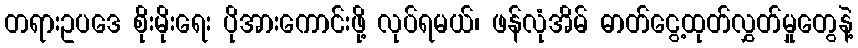
တရားဥပဒေ စိုးမိုးရေး ပိုအားကောင်းဖို့ လုပ်ရမယ်၊ ဖန်လုံအိမ် ဓာတ်ငွေ့ထုတ်လွှတ်မှုတွေနဲ့